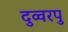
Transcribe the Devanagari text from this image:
दुव्वरपु